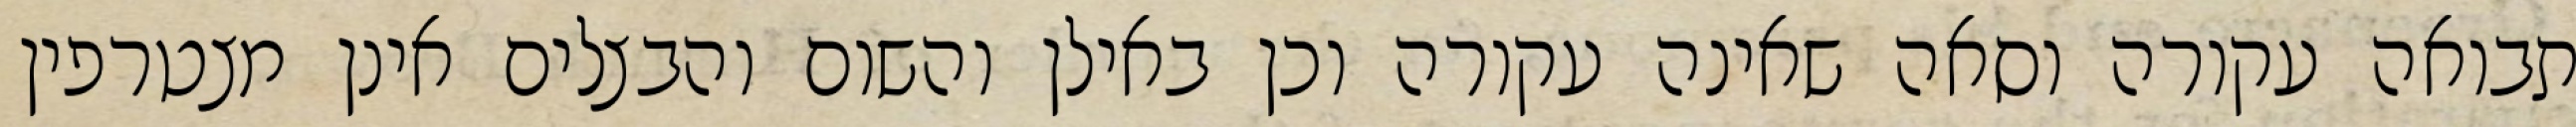
תבואה עקורה וסאה שאינה עקורה וכן באילן והשום והבצלים אינן מצטרפין